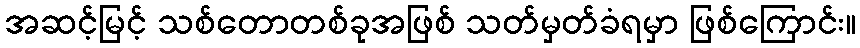
အဆင့်မြင့် သစ်တောတစ်ခုအဖြစ် သတ်မှတ်ခံရမှာ ဖြစ်ကြောင်း။